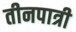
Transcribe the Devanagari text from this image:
तीनपात्री